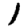
Digit: 1